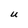
Character: U